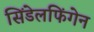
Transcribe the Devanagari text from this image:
सिंडेलफिंगेन